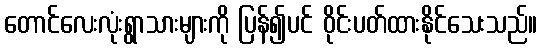
တောင်လေးလုံးရွာသားများကို ပြန်၍ပင် ဝိုင်းပတ်ထားနိုင်သေးသည်။